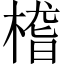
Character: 㮷